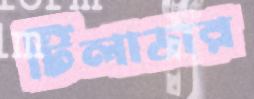
টিলাডার